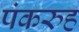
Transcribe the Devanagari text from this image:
पंकरुह